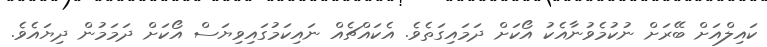
ކައިލްއަށް ބޭރަށް ނުކުމެވުނާއެކު އޯކަށް ދަމައިގަތެވެ. އެކައްޗެއް ނައިކަމުގައިވިޔަސް އޯކަށް ދަމަމުން ދިޔައެވެ.